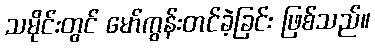
သမိုင်းတွင် မော်ကွန်းတင်ခဲ့ခြင်း ဖြစ်သည်။